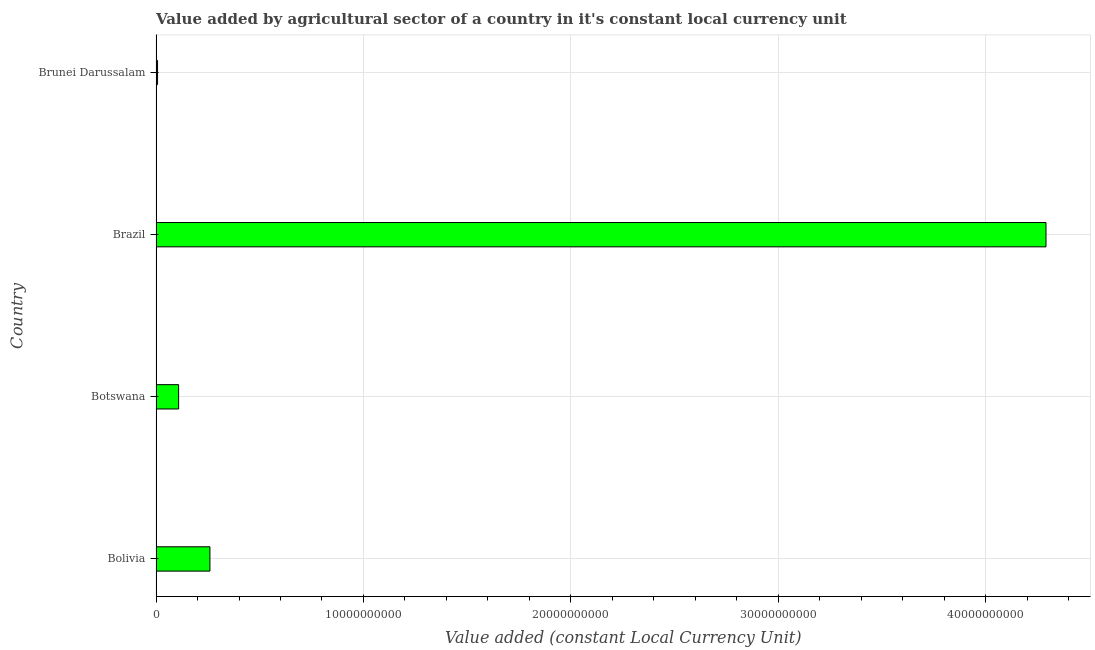
| Country | Agriculture |
 | --- | --- |
 | Bolivia | 2.6e+09 |
 | Botswana | 1.09e+09 |
 | Brazil | 4.29e+10 |
 | Brunei Darussalam | 7.34e+07 |